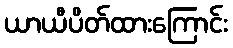
ယာယီပိတ်ထားကြောင်း